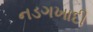
નડગખાદી